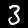
Digit: 3